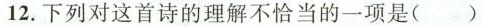
12. 下列对这首诗的理解不恰当的一项是()